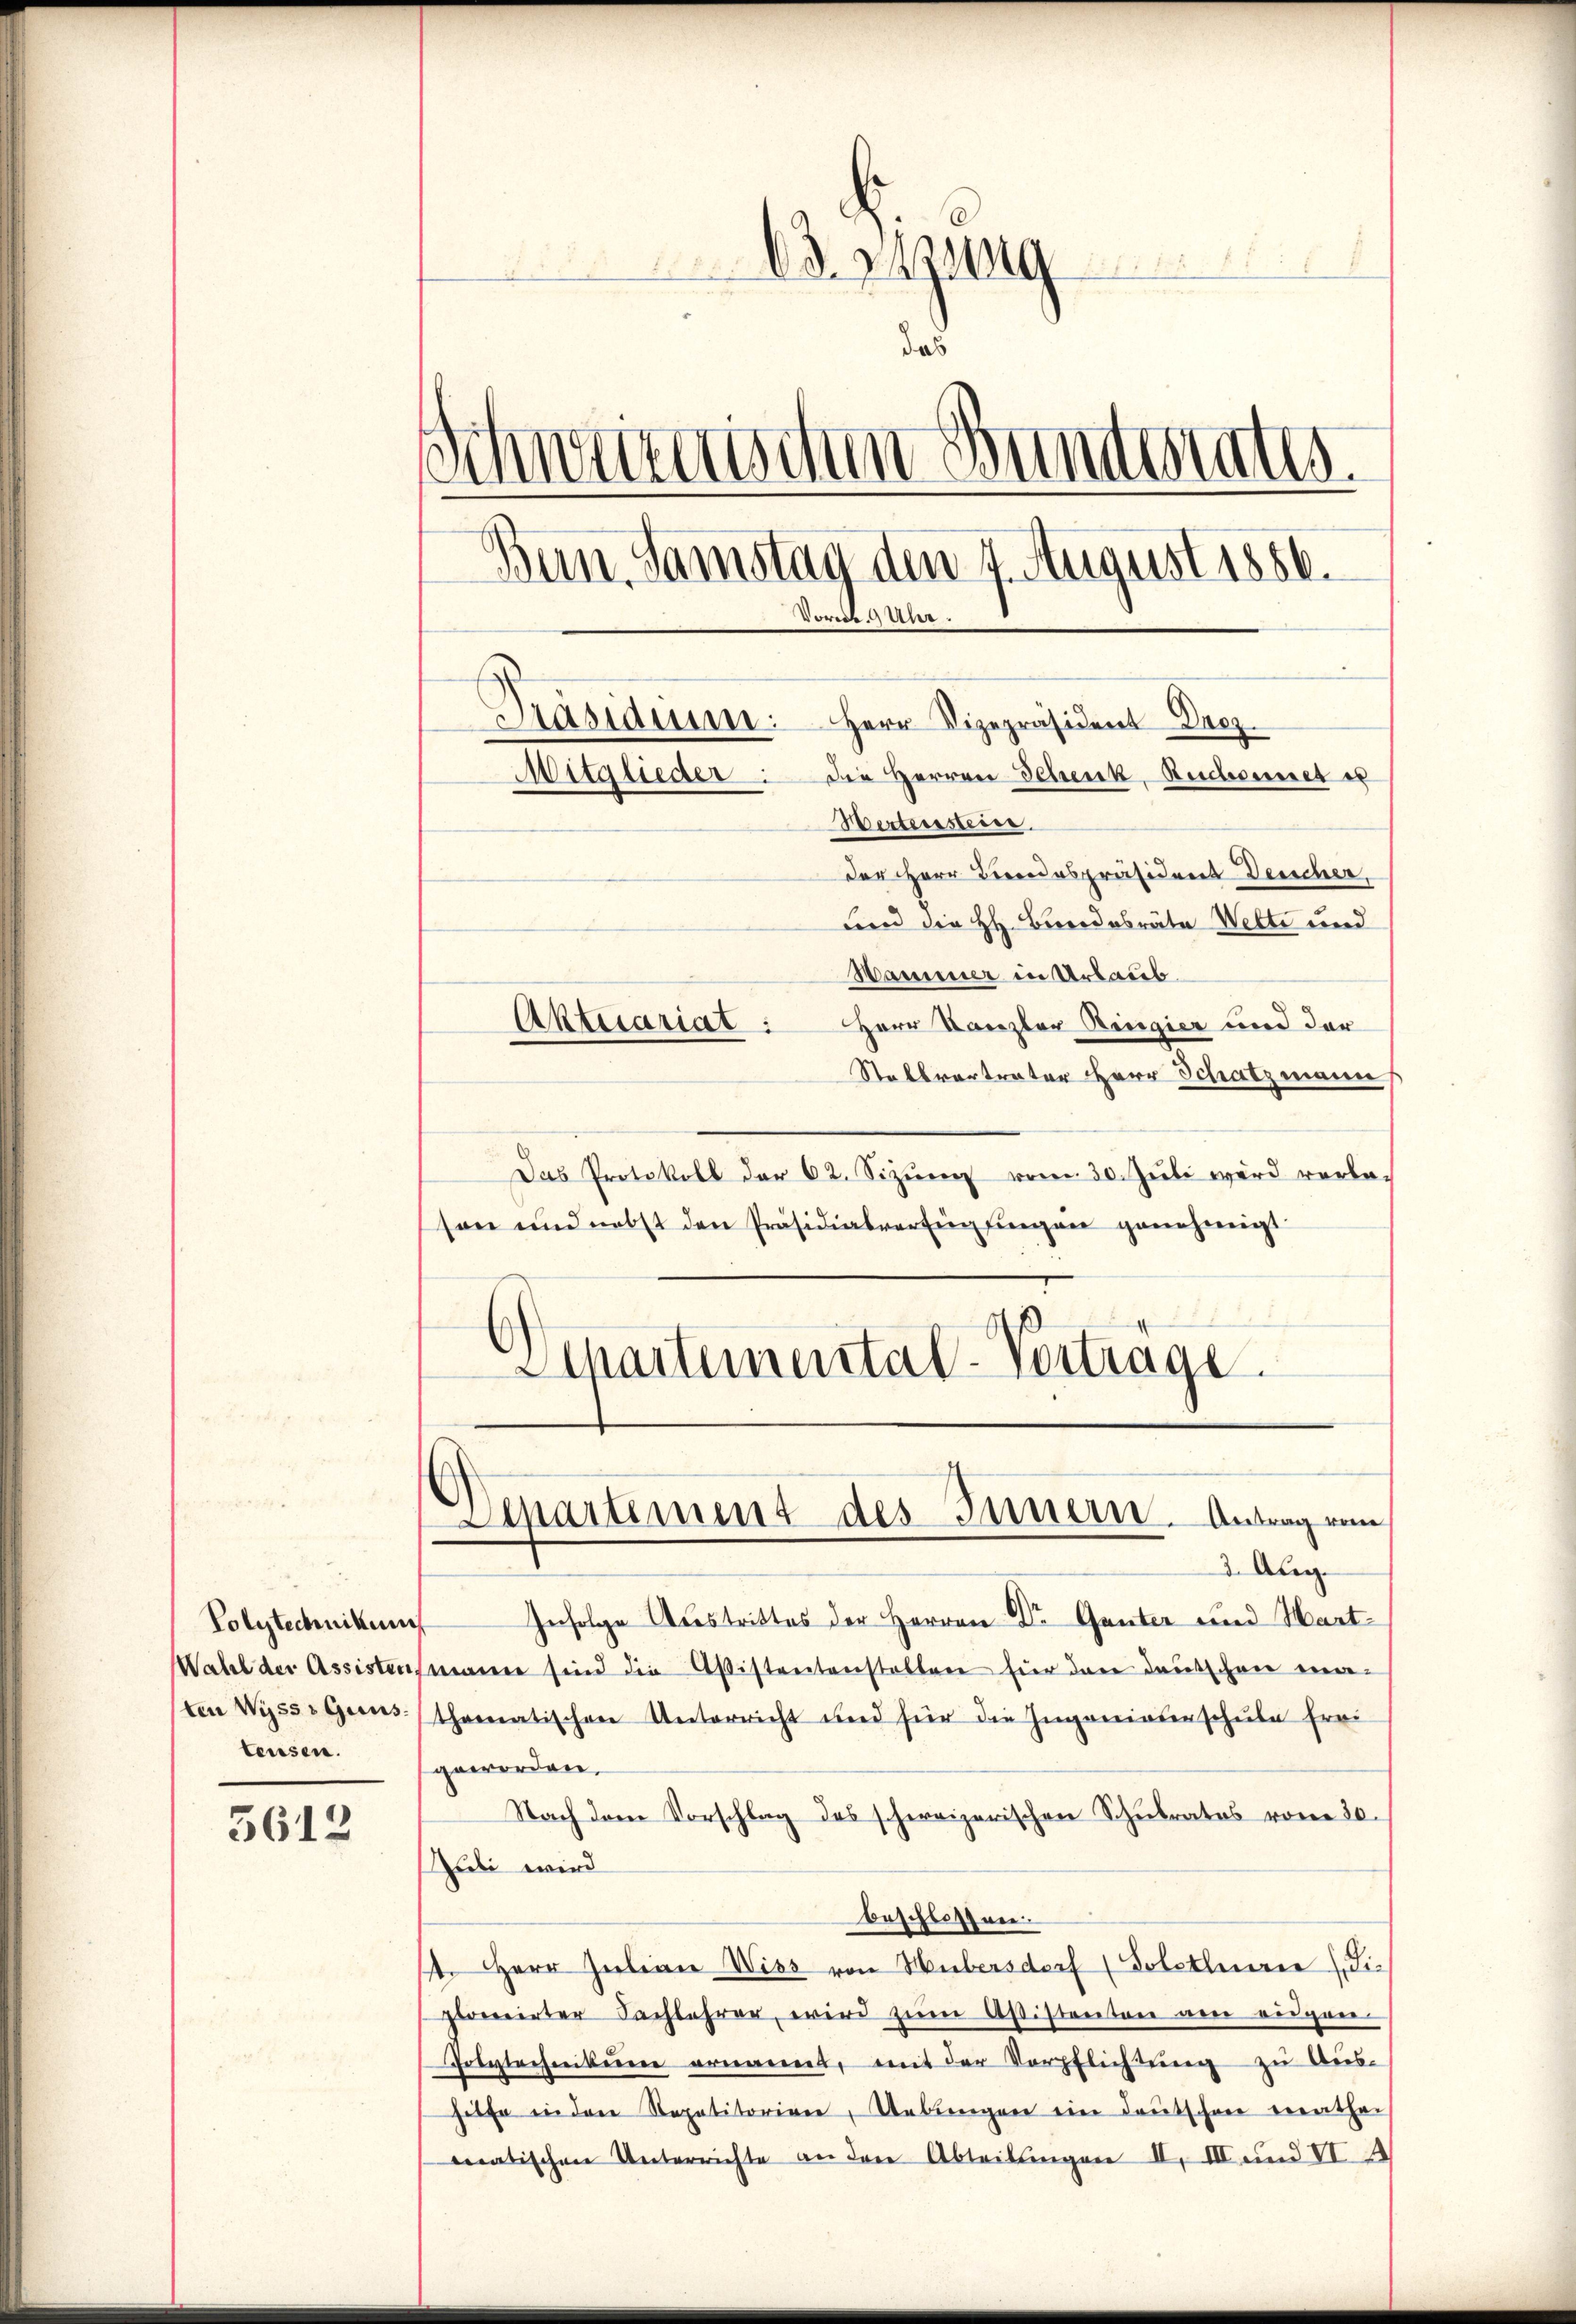
Polytechnikum
ten Wyss Guns
teusen.

3612

Betzung
das
Schweizerischen Buntates.
Bern, Samstag den 7. August 1856.
Vorede
Hasiduum.
Herr Vizepräsident Droz.
Mitglieder die Herren Schenk, Recessieret es
Werteissteise.
der HHerr Corrodespräsident Deucher,

und die H. Bandesräte Wette und
Hammer in Urlaub.
Herr Kanzler Regier und der
Stallvertrator Herr Schatzmann
Das Protokoll der 62. Sizŭng vom 30. Jŭli wird vorbe-
son und nebst den Präsidialvertig fingen genehmigt.
Apartemental-Vortrage

Aktuariat :

Departement des Innern. Antrag vom
3. Aug.

Infolge Austrittes der Herren Dr Ganter und Hart¬
Wahl der Assistenzmann sind die Aßistentenstalten für den deutschen eingethematischen Unterricht und für die Ingeniaterschule frei-
geworden.
Nach dem Vorschlag des schweizerischen Schulrates vom 20.
Lubi wird
beschlossen.
1. Herr Julian Wiss von Hubersdorf (Solothurn (die
pionirter Nachlehrer wird zum Aßistenten am eigen
Polytechnikum ernannt, mit der Verpflichtung zu Aus-
hilfe in den Repetitoriae, Uebungen ein Deutschen enthei
matischen Unterrichte an den Abteilungen II. III und VI.